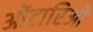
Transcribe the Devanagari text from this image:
ओंटारिओ